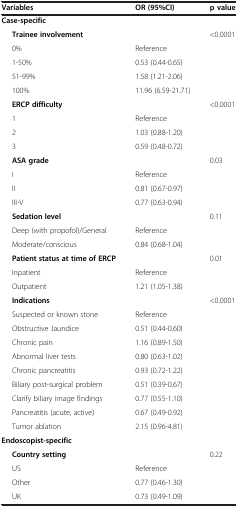
<table><thead><tr><td><b>Variables</b></td><td><b>OR (95%CI)</b></td><td><b>p value</b></td></tr></thead><tbody><tr><td><b>Case-specific</b></td><td> </td><td> </td></tr><tr><td><b>Trainee involvement</b></td><td> </td><td>&lt;0.0001</td></tr><tr><td>0%</td><td>Reference</td><td rowspan="2"> </td></tr><tr><td>1-50%</td><td>0.53 (0.44-0.65)</td></tr><tr><td>51-99%</td><td>1.58 (1.21-2.06)</td><td> </td></tr><tr><td>100%</td><td>11.96 (6.59-21.71)</td><td> </td></tr><tr><td><b>ERCP difficulty</b></td><td> </td><td>&lt;0.0001</td></tr><tr><td>1</td><td>Reference</td><td> </td></tr><tr><td>2</td><td>1.03 (0.88-1.20)</td><td> </td></tr><tr><td>3</td><td>0.59 (0.48-0.72)</td><td> </td></tr><tr><td><b>ASA grade</b></td><td> </td><td>0.03</td></tr><tr><td>I</td><td>Reference</td><td> </td></tr><tr><td>II</td><td>0.81 (0.67-0.97)</td><td> </td></tr><tr><td>III-V</td><td>0.77 (0.63-0.94)</td><td> </td></tr><tr><td><b>Sedation level</b></td><td> </td><td>0.11</td></tr><tr><td>Deep (with propofol)/General</td><td>Reference</td><td> </td></tr><tr><td>Moderate/conscious</td><td>0.84 (0.68-1.04)</td><td> </td></tr><tr><td><b>Patient status at time of ERCP</b></td><td> </td><td>0.01</td></tr><tr><td>Inpatient</td><td>Reference</td><td> </td></tr><tr><td>Outpatient</td><td>1.21 (1.05-1.38)</td><td> </td></tr><tr><td><b>Indications</b></td><td> </td><td>&lt;0.0001</td></tr><tr><td>Suspected or known stone</td><td>Reference</td><td> </td></tr><tr><td>Obstructive Jaundice</td><td>0.51 (0.44-0.60)</td><td> </td></tr><tr><td>Chronic pain</td><td>1.16 (0.89-1.50)</td><td> </td></tr><tr><td>Abnormal liver tests</td><td>0.80 (0.63-1.02)</td><td> </td></tr><tr><td>Chronic pancreatitis</td><td>0.93 (0.72-1.22)</td><td> </td></tr><tr><td>Biliary post-surgical problem</td><td>0.51 (0.39-0.67)</td><td> </td></tr><tr><td>Clarify biliary image findings</td><td>0.77 (0.55-1.10)</td><td> </td></tr><tr><td>Pancreatitis (acute, active)</td><td>0.67 (0.49-0.92)</td><td> </td></tr><tr><td>Tumor ablation</td><td>2.15 (0.96-4.81)</td><td> </td></tr><tr><td><b>Endoscopist-specific</b></td><td> </td><td> </td></tr><tr><td><b>Country setting</b></td><td> </td><td>0.22</td></tr><tr><td>US</td><td>Reference</td><td> </td></tr><tr><td>Other</td><td>0.77 (0.46-1.30)</td><td> </td></tr><tr><td>UK</td><td>0.73 (0.49-1.09)</td><td> </td></tr></tbody></table>